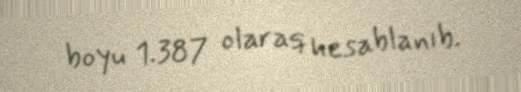
boyu 1.387 olaraq hesablanıb.